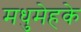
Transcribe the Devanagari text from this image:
मधुमेहके